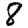
Digit: 8